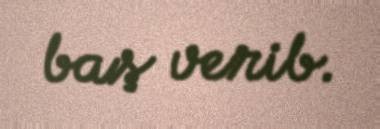
baş verib.